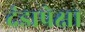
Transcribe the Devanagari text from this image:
दंडापेक्षा